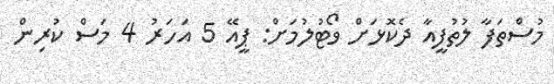
މުސްތަފާ ލުތުފީއާ ދެކޮޅަށް ވޯޓުލުމަށް: ޕީއޭ 5 އަހަރު 4 މަސް ކުރިން